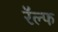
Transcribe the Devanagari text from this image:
रॅल्फ